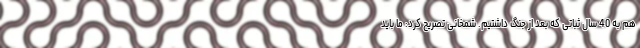
هم به 40 سال ثباتی که بعد از جنگ داشتیم. شمخانی تصریح کرد: ما باید